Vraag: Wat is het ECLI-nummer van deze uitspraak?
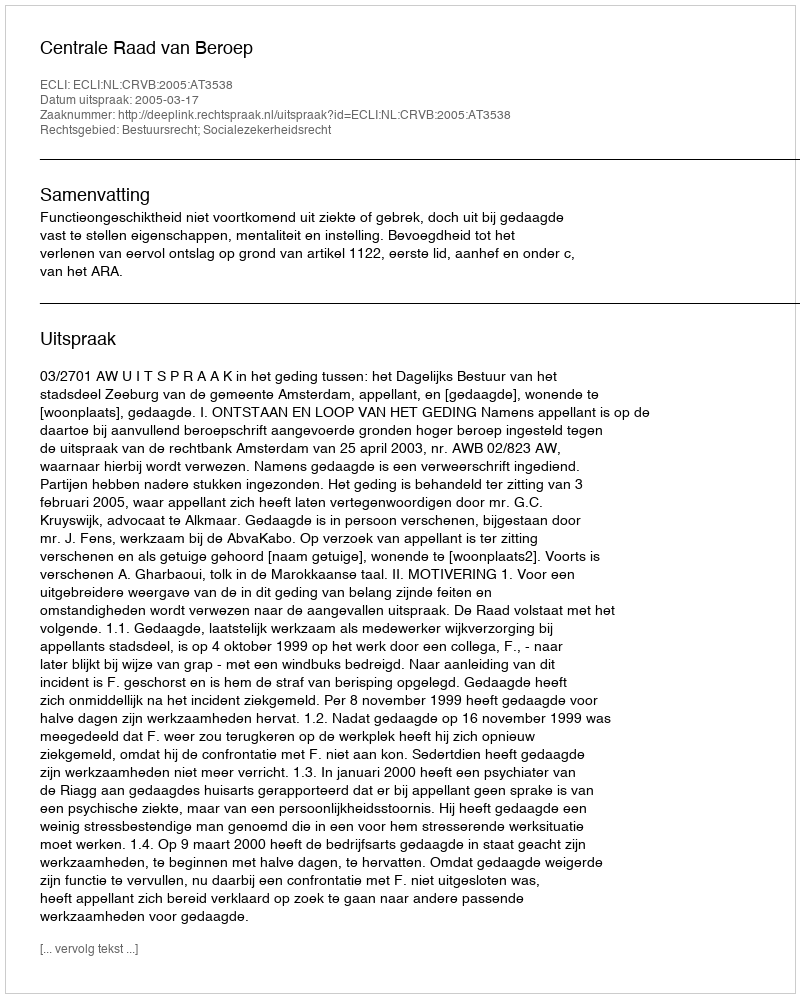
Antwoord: ECLI:NL:CRVB:2005:AT3538